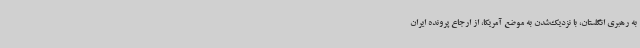
به رهبری انگلستان، با نزدیک‌شدن به موضع آمریکا، از ارجاع پرونده ایران